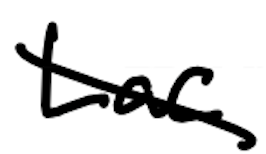
Text: Lac
Cross-out: diagonal
Writing tool: digital_black